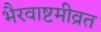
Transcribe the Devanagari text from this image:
भैरवाष्टमीव्रत